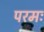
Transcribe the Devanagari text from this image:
परमः